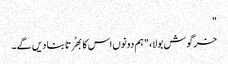
"
خرگوش بولا، "ہم دونوں اس کا بھُرتا بنا دیں گے۔